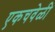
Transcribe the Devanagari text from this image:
एकचवेळी